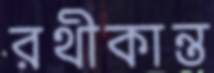
রথীকান্ত